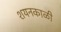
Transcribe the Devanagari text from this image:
शयनकाळी